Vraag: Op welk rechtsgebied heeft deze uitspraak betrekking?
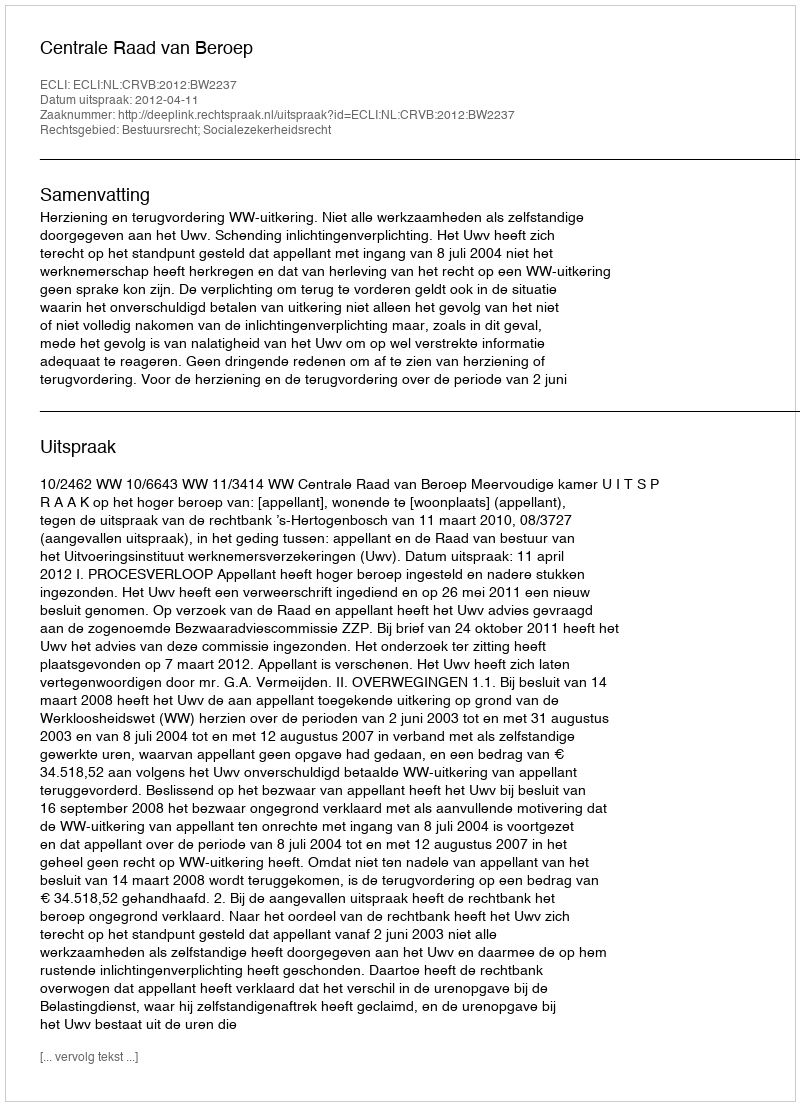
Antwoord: Bestuursrecht; Socialezekerheidsrecht